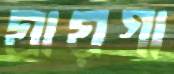
যায়গা